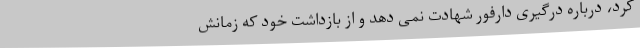
کرد، درباره درگیری دارفور شهادت نمی دهد و از بازداشت خود که زمانش